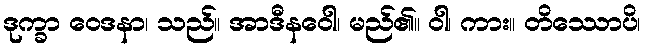
ဒုက္ခာ ဝေဒနာ၊ သည်။ အာဒီနဝေါ၊ မည်၏။ ဝါ၊ ကား။ တိဿောပိ၊